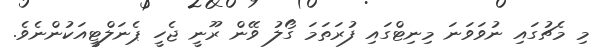
މި މެޗުގައި ނުވަވަނަ މިނިޓްގައި ފުރަތަމަ ގޯލު ވޭން ރޫނީ ޖެހީ ޕެނަލްޓީއަކުންނެވެ.